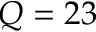
Q = 2 3